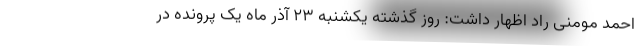
احمد مومنی راد اظهار داشت: روز گذشته یکشنبه ۲۳ آذر ماه یک پرونده در